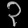
Digit: ၃